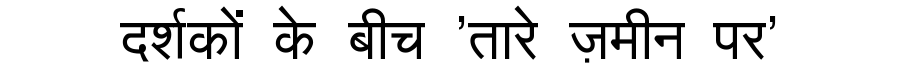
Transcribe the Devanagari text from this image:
दर्शकों के बीच 'तारे ज़मीन पर'